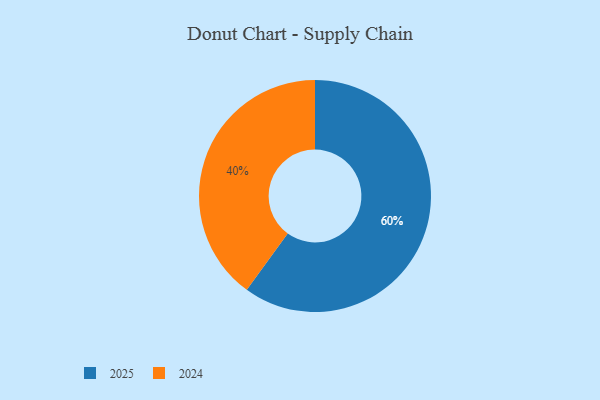
{"axis": {"x": "Category", "y": "Percentage"}, "legend": ["2024", "2025"], "data": [{"x": "2024", "y": 40, "type": "2024"}, {"x": "2025", "y": 60, "type": "2025"}]}